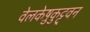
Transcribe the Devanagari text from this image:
वेलकेष़ुकुट्टुवन